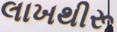
લાખથીરૂ